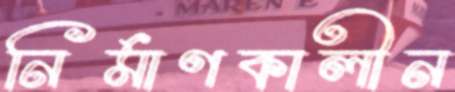
নির্মাণকালীন